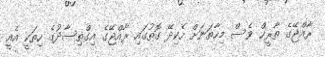
ރާއްޖޭގެ ތާރީޚް ވެސް މިހާތަނަށް ހެކިދޭ ގޮތުގައި ރާއްޖޭގެ އިގްތިސާދުގެ ހިތަކީ އެއީ